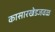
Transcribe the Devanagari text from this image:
कासारखेडजवळ